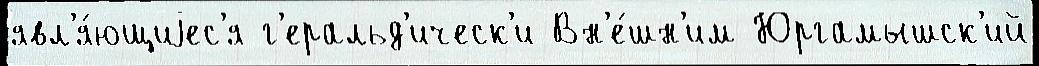
явл'я́ющиjес'я г'еральд'ическ'и Вн'е́шн'им Юргамышск'ий